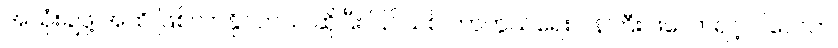
အသုံးချဖို့ အထိ ဖြစ်လာနိုင်တယ် ဆိုပြီး ပြင်သစ် ကာကွယ်ရေး ဝန်ကြီး ဖလောရင့် ပါလေက